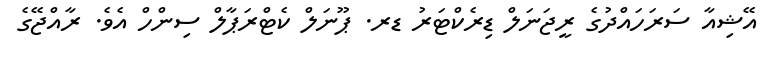
އޭޝިއާ ސަރަހައްދުގެ ރީޖަނަލް ޑިރެކްޓަރު ޑރ. ޕޫނަލް ކެޓްރަޕާލް ސިންހް އެވެ. ރާއްޖޭގެ